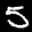
Label: 5